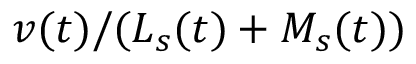
v ( t ) / ( L _ { s } ( t ) + M _ { s } ( t ) )